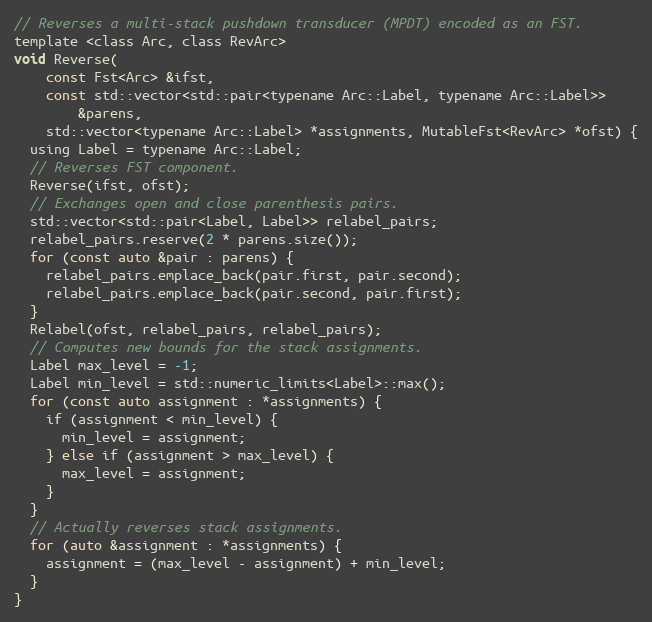
Language: C
// Reverses a multi-stack pushdown transducer (MPDT) encoded as an FST.
template <class Arc, class RevArc>
void Reverse(
    const Fst<Arc> &ifst,
    const std::vector<std::pair<typename Arc::Label, typename Arc::Label>>
        &parens,
    std::vector<typename Arc::Label> *assignments, MutableFst<RevArc> *ofst) {
  using Label = typename Arc::Label;
  // Reverses FST component.
  Reverse(ifst, ofst);
  // Exchanges open and close parenthesis pairs.
  std::vector<std::pair<Label, Label>> relabel_pairs;
  relabel_pairs.reserve(2 * parens.size());
  for (const auto &pair : parens) {
    relabel_pairs.emplace_back(pair.first, pair.second);
    relabel_pairs.emplace_back(pair.second, pair.first);
  }
  Relabel(ofst, relabel_pairs, relabel_pairs);
  // Computes new bounds for the stack assignments.
  Label max_level = -1;
  Label min_level = std::numeric_limits<Label>::max();
  for (const auto assignment : *assignments) {
    if (assignment < min_level) {
      min_level = assignment;
    } else if (assignment > max_level) {
      max_level = assignment;
    }
  }
  // Actually reverses stack assignments.
  for (auto &assignment : *assignments) {
    assignment = (max_level - assignment) + min_level;
  }
}